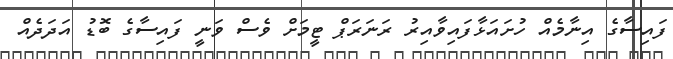
ފައިސާގެ އިނާމެއް ހުށައަޅާފައިވާއިރު ރަނަރަޕް ޓީމަށް ވެސް ވަނީ ފައިސާގެ ބޮޑު އަދަދެއް